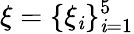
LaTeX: \xi=\{ \xi_{\mathit{i}}\} _{\mathit{i}=1}^{5}